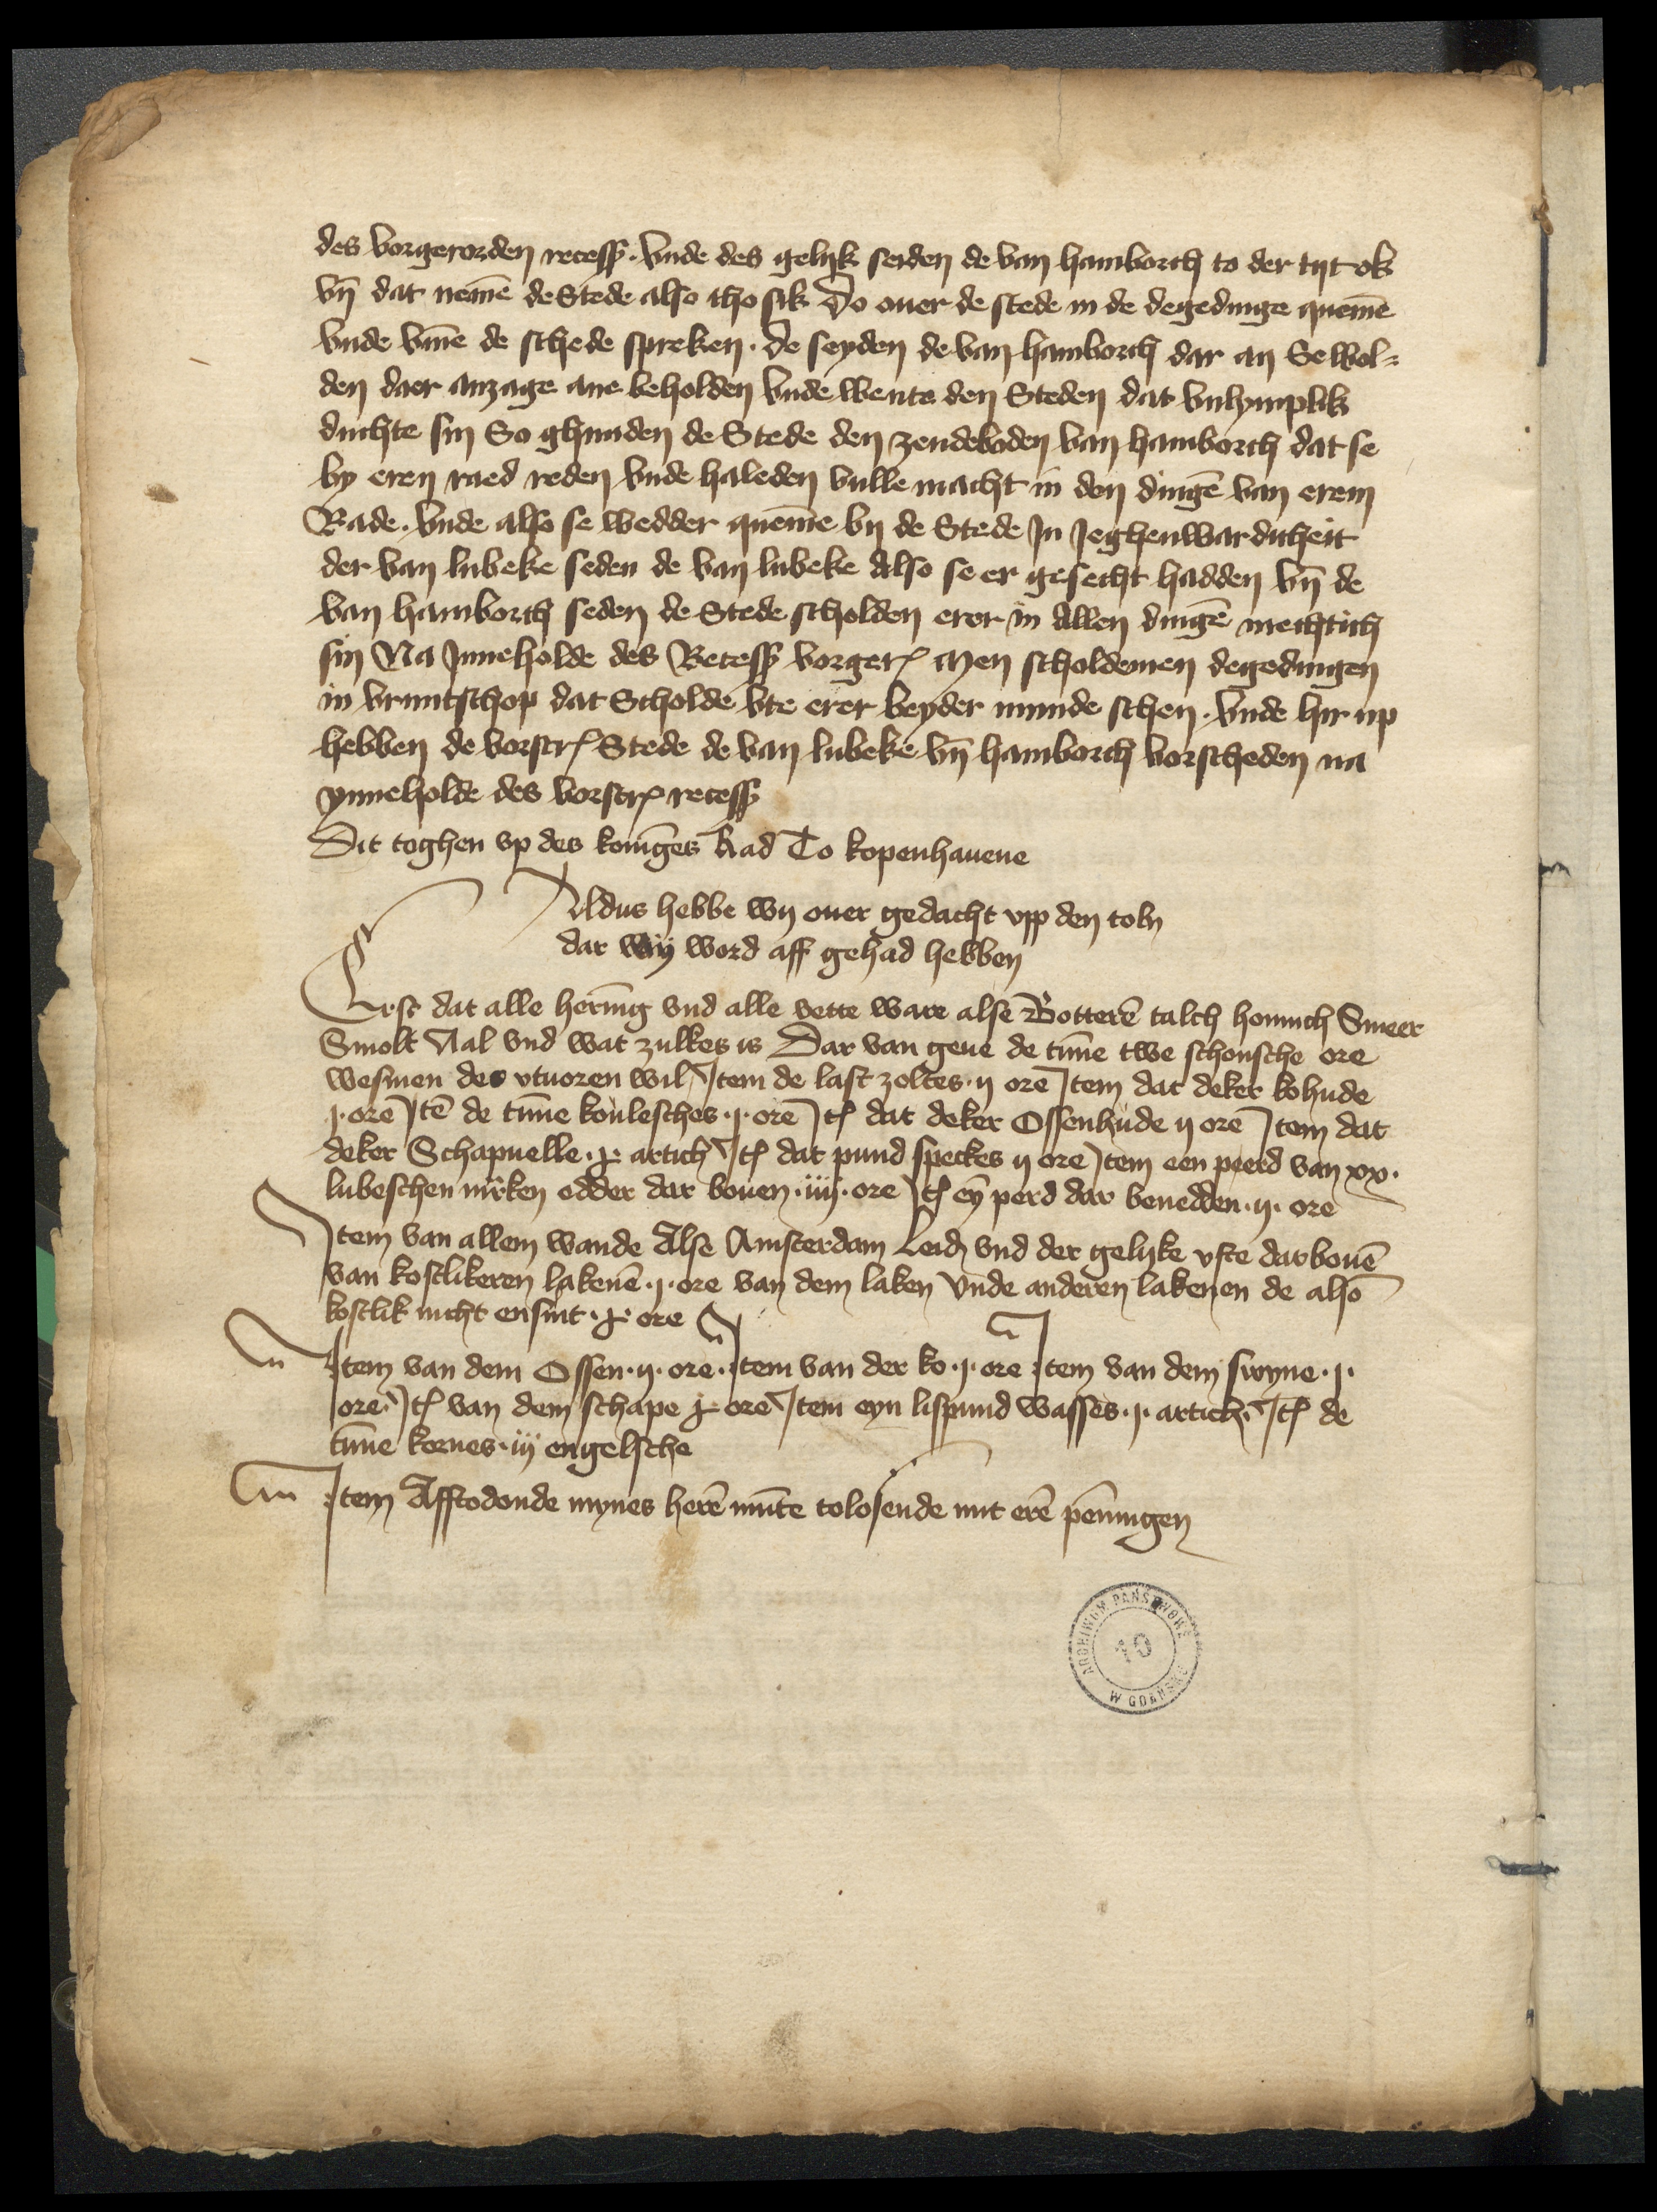
des vorgerorden recess vnde des gelyk seyden de van Hamborch to der tyt ok
vnd dat nemen de Stede also tho sik Do ouer de stede in de degedinge quemen
vnde vmme de schede spreken de seyden de van Hamborch dar an Se wol¬
den daer anzage ane beholden vnde wente den Steden dat vnlymplik
duchte sin So ghnaden de Stede den zendeboden van Hamborch dat se
by eren raed reden vnde haleden vulle macht in den dingen van erem
Rade vnde also se wedder queme by de Stede Jn Jeghenwardicheit
der van Lubeke seden de van Lubeke Also se er gesecht hadden vnd de
van Hamborch seden de Stede scholden erer in allen dingen mechtich
sin na Jnneholde des Recess vorgerorden men scholdemen degedingen
in vruntschop dat Scholde vte erer beyder munde scheen. vnde hir up
hebben de vorscreuen Stede de van Lubeke vnd Hamborch vorscheden na
ynneholde des vorscreuen recess

Dit toghen vp des koninges Rad To kopenhauene
Oldus hebbe wy ouer gedacht vpp den to ben
dar wy word aff gehad hebben
Lest dat alle hering vnd alle vette ware alse Botteren talch honnich Smeer
Smolt Aal vnd wat zulkes is Dar van geue de tunne twe schonsche ore
wesmen des vtuoren wil Jtem de last zoltes ij ore Jtem dat deker kohude
j ore Jtem de tunne koulesches j ore Jtem dat deker Ossenhude ij ore Jtem dat
deker Schapuelle je artich Jtem dat pund speckes ij ore Jtem een peerd van xx
Lubesschen marken edder dar bouen iiij ore Jtem eyn perd dar benedden in ore
Jtem van allem wande Alse Amsterdan Leiden vnd der gelyke vfte darbouen
van kostlikeren lakene ij ore van dem laken vnde anderen lakenen de also
kostlik nicht ensint ye ore

Jtem van dem Ossen ij ore Jtem van der ko ij ore Jtem van dem swyne ij
ore Jtem van dem schape j ore Jtem eyn lispund wasses ij artich Jtem de
tunne kornes iij engelsche

Jtem afftodonde mynes heren munte tolesende mit eren penningen